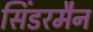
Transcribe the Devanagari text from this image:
सिंडरमैन